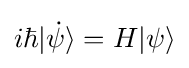
i\hbar |{\dot {\psi }}\rangle =H|\psi \rangle